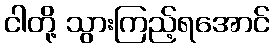
ငါတို့ သွားကြည့်ရအောင်